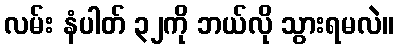
လမ်း နံပါတ် ၃၂ကို ဘယ်လို သွားရမလဲ။